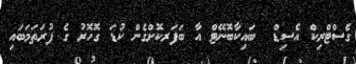
ގެސްޓްރިކް އެސިޑް  ބައިކާބޮނޭޓް އާ ބަފަރކޮށްގެން ކުޑަ ގޮހޮރު ގެ ފުރަތަމަބައި